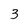
Character: 3